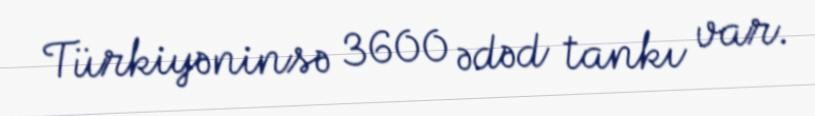
Türkiyəninsə 3600 ədəd tankı var.